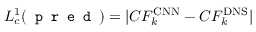
L _ { c } ^ { 1 } ( \texttt { p r e d } ) = \lvert C F _ { k } ^ { \mathrm { C N N } } - C F _ { k } ^ { \mathrm { D N S } } \rvert